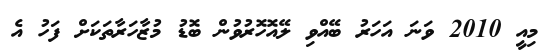
މިއީ 2010 ވަނަ އަހަރު ބޭއްވި ލޭއޮހޮރުވުން ބޮޑު މުޒާހަރާތަކަށް ފަހު އެ